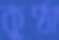
কুণ্ঠা